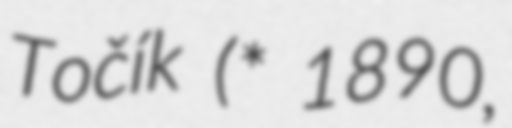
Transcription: Točík (* 1890,